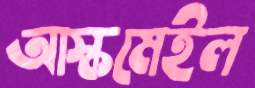
আস্কমেইল